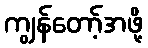
ကျွန်တော့်အဖို့